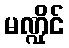
မဏ္ဍိုင်